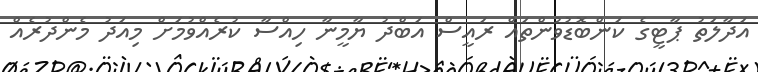
އަދާލަތު ޕާޓީގެ ކަންބޮޑުވުންތައް ރައީސް އަބްދު ޔާމީނާ ހިއްސާ ކުރެއްވުމަށް މިއަދު މެންދުރެއް